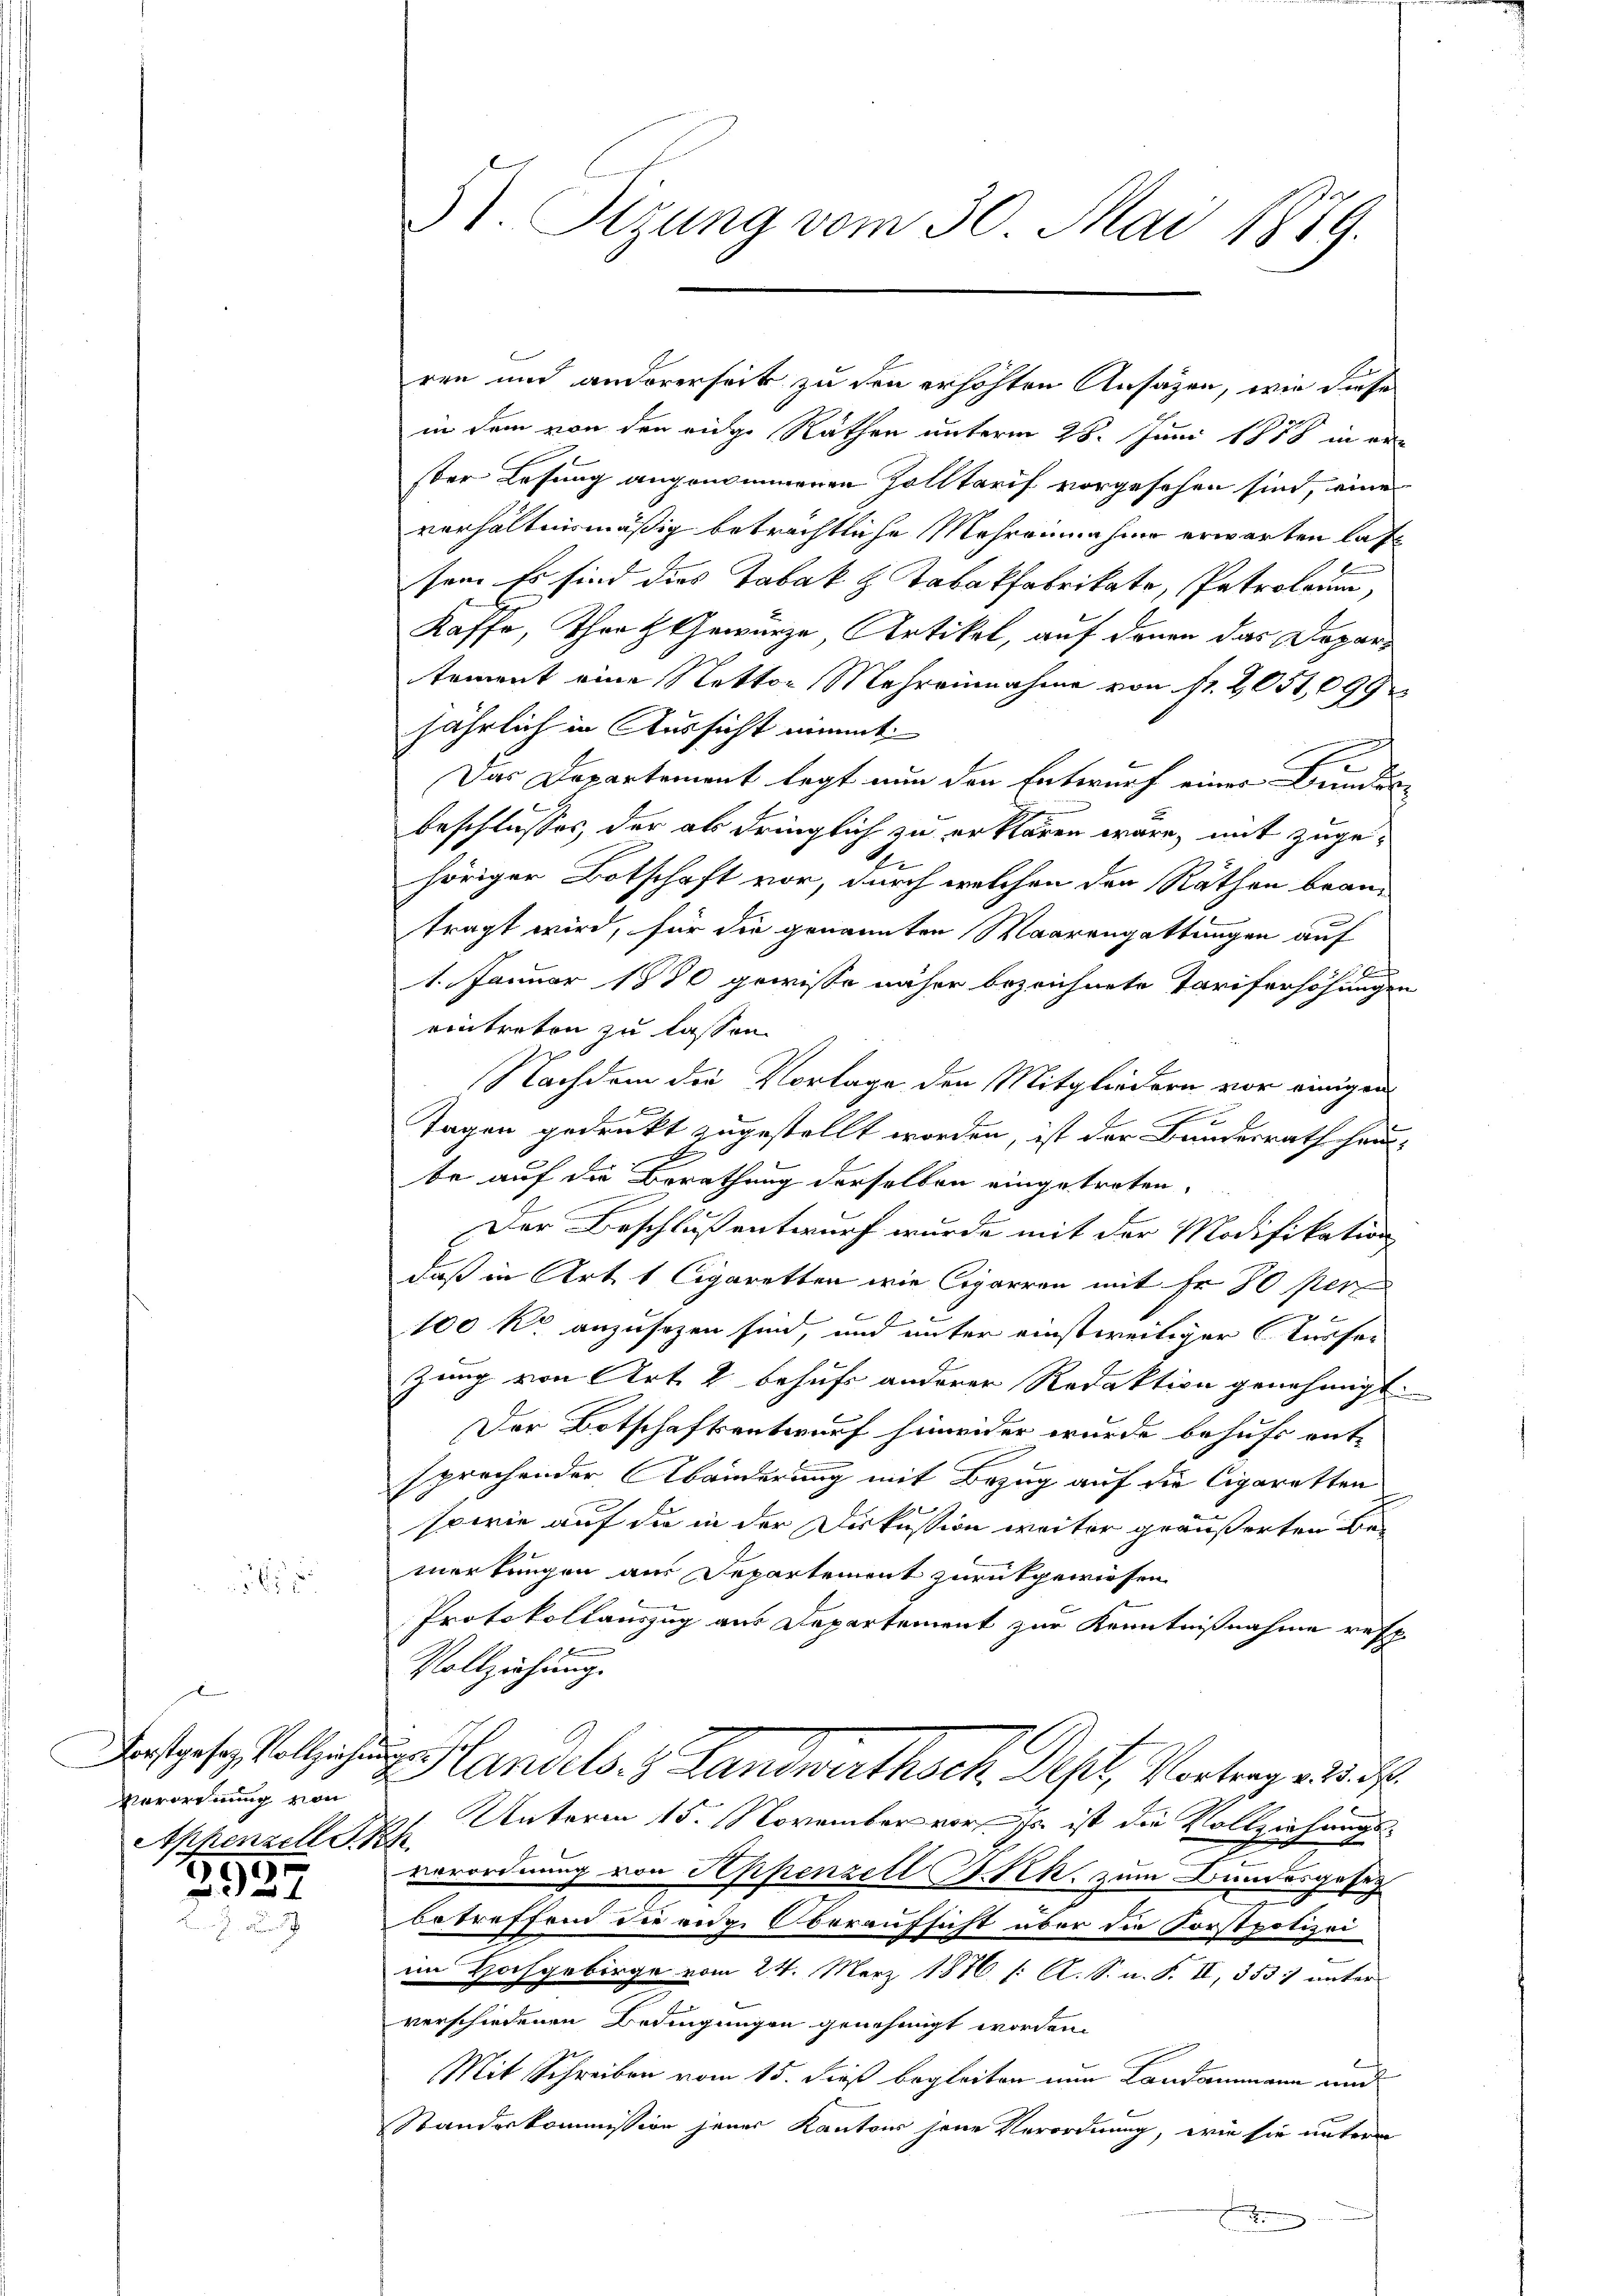
6

Verordnung von
Appenzell Th

3537

5. Sizung vom 30. Mai 1879.

in dem von den eige Räthen unterm 28. Juni 1888 in erster Lesung angenommenen Zolltarif vorgesehen sind, eine
verhältnismäßig beträchtliche Mehreinnahme erwarten lassem. Es sind dies Tabak & Tabakfabrikate, Patroleren,
Kaffe, That Gewürze, Artikel, auf denen das Depari
toment eine Nettor Mehreinnahme von Nr. 2051,099
jährlich in Aussicht nimmt:
Das Departement legt nun den Entwurf einer Bundes-
beschlusses, der als dringlich zu erklären wäre, mit zugehöriger Botschaft vor, durch welchen den Räthen bean-
tragt wird, für die genannten Waarengattungen auf
 F
1. Januar 1880 gewisse näher bezeichnete Tariferhöhungen
eintreten zu lassen.
Nachdem die Vorlage den Mitgliedern vor einigen
u
A
Tagen gedruckt zugestellt worden, ist der Bundesrath hei¬
A
be auf die Berathung derselben eingetreten,
Der Beschluß entwurf wurde mit der Modifikation
daß in Art. 1 Cigaretten wie Cigarren mit Fr. 80 per
100 kr anzusezen sind, und unter einstweiliger Kurser
zung von Art. 2 behufs anderer Redaktion genehmigt.
Der Botschaftsentwurf hinwider wurde behufs ent-
sprechender Abänderung mit Bezug auf die Cigaretten
sowie auf die in der Diskussion weiter geäußerten Bemerkungen aus Departement zurükgewiesen.
Protokollauszug aus Departement zur Kenntnißnahme refe¬
Vollziehung.
Das Volle Handels. Landwirthsch. Dest, Vortrag von 13.
Unterm 15. November vor so ist die Vollziehungsverordnung von Appenzell I.Rh. zum Bundesgeset
betreffend die eige Oberaufsicht über die Forstpolizei
im Hochgebirge vom 24. März 1876 /: A. S. n. F. II, 353) unter
verschiedenen Bedingungen genehmigt worden.
Mit Schreiben vom 15. dieß begleiten nun Landammann und
Standeskommission jenes Kantons jene Verordnung, wie sie unterm

ren und andererseit zu den erhöhten Ansäzen, wie diese